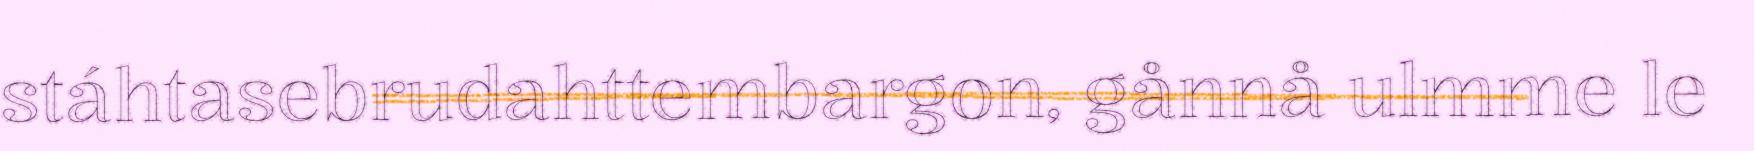
stáhtasebrudahttembargon, gånnå ulmme le